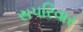
સપરિવાર